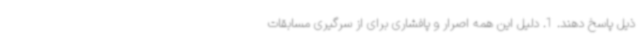
ذیل پاسخ دهند. 1. دلیل این همه اصرار و پافشاری برای از سرگیری مسابقات